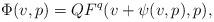
LaTeX: \begin{align*}\Phi(v,p) = QF^q(v + \psi(v,p),p),\end{align*}